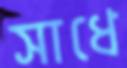
সাধে